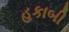
હકાબી